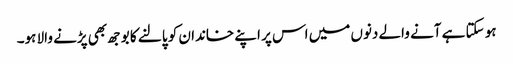
ہو سکتا ہے آنے والے دنوں میں اس پر اپنے خاندان کو پالنے کا بوجھ بھی پڑنے والا ہو۔